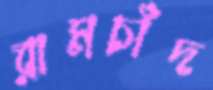
রামচাঁদ